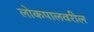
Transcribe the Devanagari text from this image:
लोकपालवरील